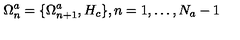
\Omega _ { n } ^ { a } = \{ \Omega _ { n + 1 } ^ { a } , H _ { c } \} , n = 1 , \ldots , N _ { a } - 1